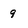
Character: 9